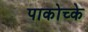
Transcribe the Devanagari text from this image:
पाकोच्के